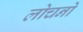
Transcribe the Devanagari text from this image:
लोचनो